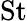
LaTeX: \mathrm{St}